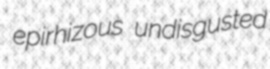
epirhizous undisgusted